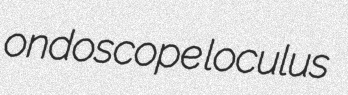
ondoscope loculus